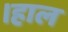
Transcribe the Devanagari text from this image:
।हाल